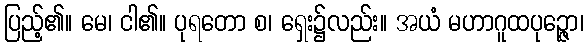
ပြည့်၏။ မေ၊ ငါ၏။ ပုရတော စ၊ ရှေး၌လည်း။ အယံ မဟာဂူထပုဉ္ဇော၊